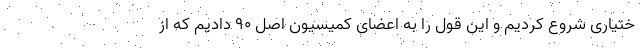
ختیاری شروع کردیم و این قول را به اعضای کمیسیون اصل ۹۰ دادیم که از